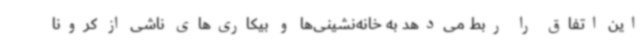
این اتفاق را ربط می‌دهد به خانه‌نشینی‌ها و بیکاری‌های ناشی از کرونا